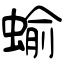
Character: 蝓